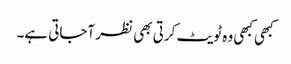
کبھی کبھی وہ ٹویٹ کرتی بھی نظر آجاتی ہے۔